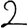
Digit: 2